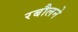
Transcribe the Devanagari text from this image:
रबौलने